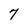
Character: 7